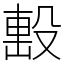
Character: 𣪠